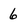
Character: 6